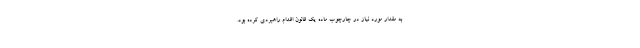
به مقدار مورد نیاز در چارچوب ماده یک قانون اقدام راهبردی کرده بود.